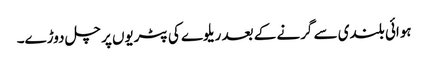
ہوائی بلندی سے گرنے کے بعد ریلوے کی پٹریوں پر چل دوڑے۔